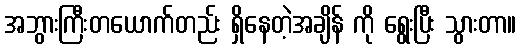
အဘွားကြီးတယောက်တည်း ရှိနေတဲ့အချိန် ကို ရွေးပြီး သွားတာ။